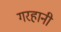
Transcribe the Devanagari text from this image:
गरहानी